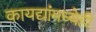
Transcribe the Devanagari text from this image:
कायद्यांमध्येही